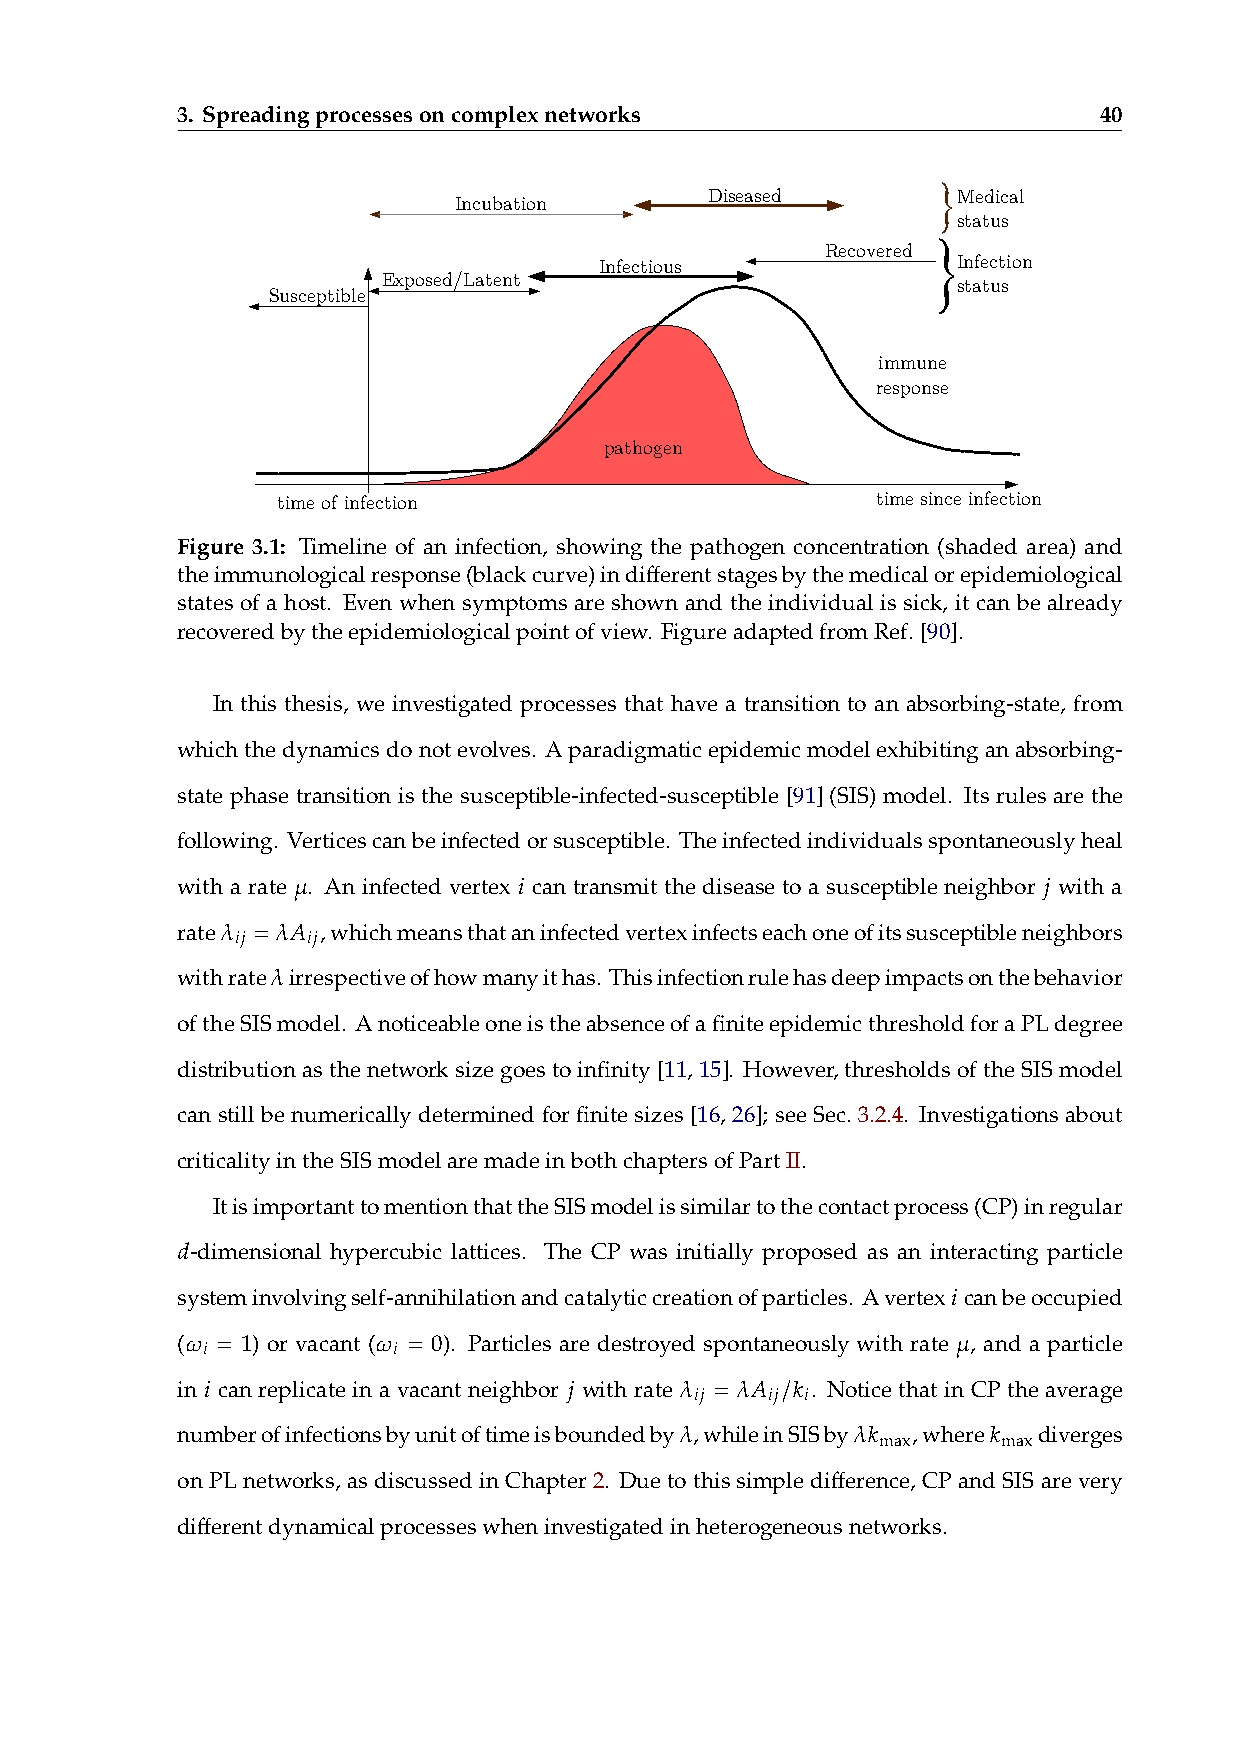
3. Spreadingprocessesoncomplexnetworks                       40
 Diseased        Medical
 Incubation
 status
 Recovered
 Infectious             Infection
 Exposed/Latent                        status
 Susceptible
 immune
 response
 pathogen
 time of infection                       time since infection
 Figure 3.1: Timeline of an infection, showing the pathogen concentration (shaded area) and
 theimmunologicalresponse(blackcurve)indifferentstagesbythemedicalorepidemiological
 states of a host. Even when symptoms are shown and the individual is sick, it can be already
 recoveredbytheepidemiologicalpointofview. FigureadaptedfromRef.[90].
 In this thesis, we investigated processes that have a transition to an absorbing-state, from
 whichthedynamicsdonotevolves. Aparadigmaticepidemicmodelexhibitinganabsorbing-
 state phase transition is the susceptible-infected-susceptible [91] (SIS) model. Its rules are the
 following. Verticescanbeinfectedorsusceptible. Theinfectedindividualsspontaneouslyheal
 𝜇              𝑖                                  𝑗
 with a rate . An infected vertex can transmit the disease to a susceptible neighbor with a
 rate𝜆
 𝑖𝑗
 =𝜆𝐴
 𝑖𝑗,whichmeansthataninfectedvertexinfectseachoneofitssusceptibleneighbors
 𝜆
 withrate irrespectiveofhowmanyithas. Thisinfectionrulehasdeepimpactsonthebehavior
 oftheSISmodel. AnoticeableoneistheabsenceofafiniteepidemicthresholdforaPLdegree
 distributionasthenetworksizegoestoinfinity[11,15]. However,thresholdsoftheSISmodel
 can still be numerically determined for finite sizes [16, 26]; see Sec. 3.2.4. Investigations about
 criticalityintheSISmodelaremadeinbothchaptersofPartII.
 ItisimportanttomentionthattheSISmodelissimilartothecontactprocess(CP)inregular
 𝑑
 -dimensional hypercubic lattices. The CP was initially proposed as an interacting particle
 𝑖
 systeminvolvingself-annihilationandcatalyticcreationofparticles. Avertex canbeoccupied
 (𝜔 𝑖 = 1) or vacant (𝜔 𝑖 = 0). Particles are destroyed spontaneously with rate 𝜇 , and a particle
 in 𝑖 can replicate in a vacant neighbor 𝑗 with rate 𝜆 𝑖𝑗 = 𝜆𝐴 𝑖𝑗/𝑘 𝑖. Notice that in CP the average
 𝜆          𝜆𝑘        𝑘
 numberofinfectionsbyunitoftimeisboundedby ,whileinSISby ,where diverges
 max     max
 onPLnetworks, asdiscussedinChapter2. Duetothissimpledifference, CPandSISarevery
 differentdynamicalprocesseswheninvestigatedinheterogeneousnetworks.